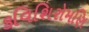
કવિશિરોમણિ